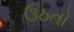
ઉઠતો